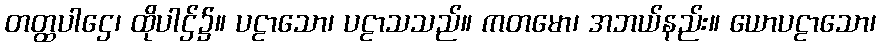
တတ္ထပါဌေ၊ ထိုပါဌ်၌။ ပဠာသော၊ ပဠာသသည်။ ကတမော၊ အဘယ်နည်း။ ယောပဠာသော၊